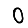
Digit: 0